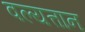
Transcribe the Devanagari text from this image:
वल्यत्तान